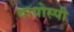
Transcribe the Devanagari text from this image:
बायोस्पी